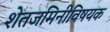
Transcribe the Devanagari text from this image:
शेतजमिनीविषयक